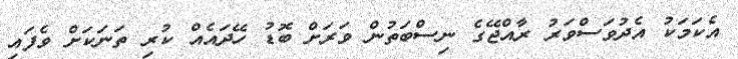
އެކަމަކު އެދުވަސްވަރު ރާއްޖޭގެ ނިސްބަތުން ވަރަށް ބޮޑު ހޭދައެއް ކުރި ތަނަކަށް ވެފައި